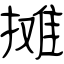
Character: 摊